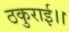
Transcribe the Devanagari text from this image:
ठकुराई।।